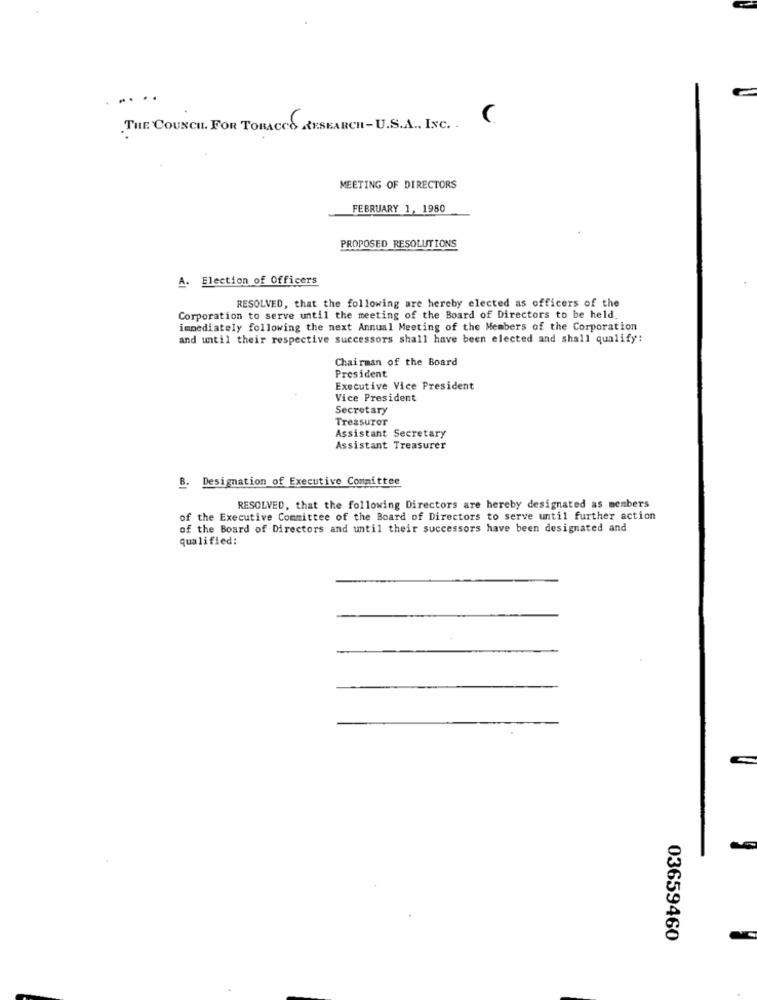
..
THE COUNCIL. FOR TOBACCO RESEARCH-U.S.A ., INC. .
MEETING OF DIRECTORS
FEBRUARY 1, 1980
PROPOSED RESOLUTIONS
A. Election of Officers
RESOLVED, that the following are hereby elected as officers of the
Corporation to serve until the meeting of the Board of Directors to be held.
immediately following the next Annual Meeting of the Members of the Corporation
and until their respective successors shall have been elected and shall qualify:
Chairman of the Board
President
Executive Vice President
Vice President
Secretary
Treasurer
Assistant Secretary
Assistant Treasurer
Designation of Executive Committee
B.
RESOLVED, that the following Directors are hereby designated as members
of the Executive Committee of the Board of Directors to serve until further action
of the Board of Directors and until their successors have been designated and
qualified:
03659460